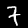
Digit: 7